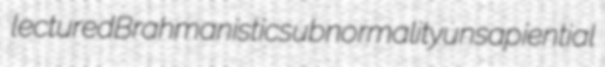
lectured Brahmanistic subnormality unsapiential